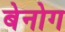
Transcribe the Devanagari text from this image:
बेनोग